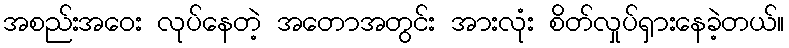
အစည်းအဝေး လုပ်နေတဲ့ အတောအတွင်း အားလုံး စိတ်လှုပ်ရှားနေခဲ့တယ်။